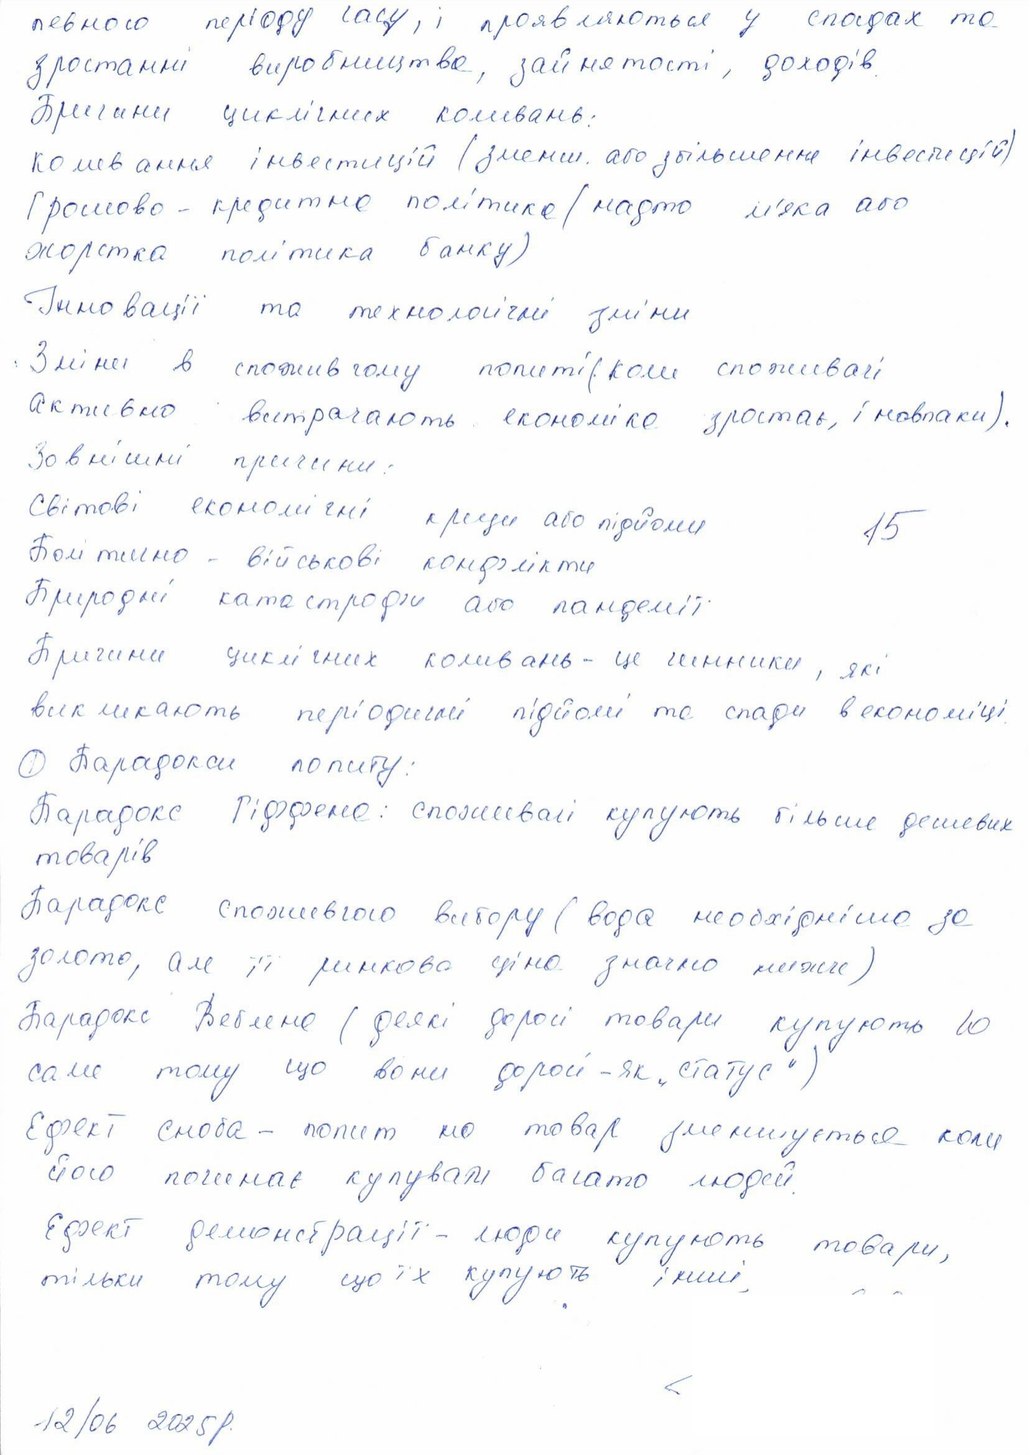
певного періоду часу, і проявляються у спогадах та
зростанні виробництва, зайнятості, доходів.
Причини циклічних коливань:
коливання інвестицій (зменш. або збільшення інвестицій)
Грошово - кредитна політика (надто м'яка або
жорстка політика банку)
Інновації та технологічні зміни
Зміни в споживчому попиті (коли споживачі
активно витрачають економіка зростає, і навпаки).
Зовнішні причини:
Світові економічні кризи або підйоми
15
Політично - військові конфлікти
Природні катастрофи або пандемії.
Причини циклічних коливань - це чинники, які
викликають періодичні підйоми та спади в економіці.
1 Парадокси попиту:
Парадокс Гіффена: споживачі купують більше дешевих
товарів
Парадокс споживчого вибору ( вода необхідніша за
золото, але її ринкова ціна значно нижче)
Парадокс Веблена (деякі дорогі товари купують бо
саме тому що вони дорогі - як "статус")
Ефект сноба - попит на товар зменшується коли
його починає купувати багато людей.
Ефект демонстрації - люди купують товари,
тільки тому що їх купують інші,
12/06 2025 р.